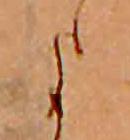
よ